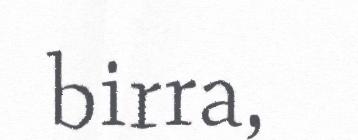
birra,